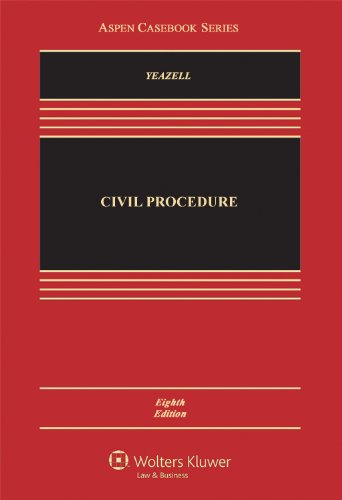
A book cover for Civil Procedure, Eighth Edition (Aspen Casebook) (Aspen Casebooks); Stephen C. Yeazell; Law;